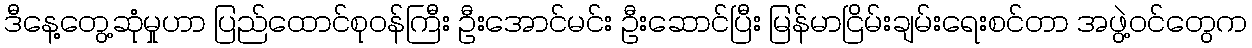
ဒီနေ့တွေ့ဆုံမှုဟာ ပြည်ထောင်စုဝန်ကြီး ဦးအောင်မင်း ဦးဆောင်ပြီး မြန်မာငြိမ်းချမ်းရေးစင်တာ အဖွဲ့ဝင်တွေက